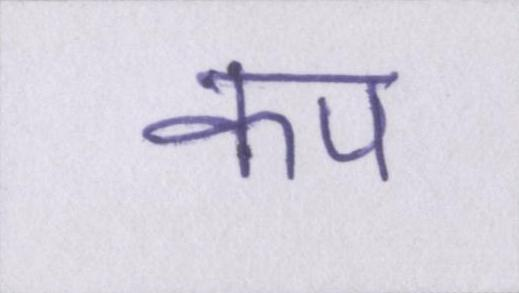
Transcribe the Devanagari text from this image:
कप